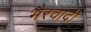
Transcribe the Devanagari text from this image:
भैरवादी